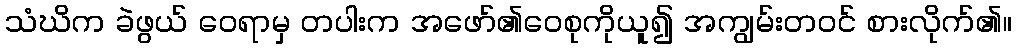
သံဃိက ခဲဖွယ် ဝေရာမှ တပါးက အဖော်၏ဝေစုကိုယူ၍ အကျွမ်းတဝင် စားလိုက်၏။